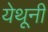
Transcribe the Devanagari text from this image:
येथूनी